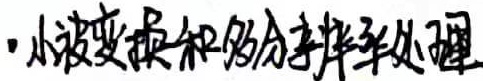
小波变换和多分辨率处理